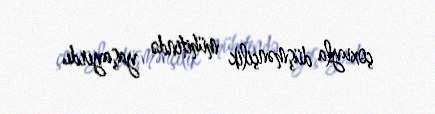
çoxuyla düşmənçilik mühitində yaşayırdı.